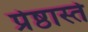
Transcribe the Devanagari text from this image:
प्रेष्ठास्ते